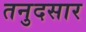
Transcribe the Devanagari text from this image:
तनुदसार